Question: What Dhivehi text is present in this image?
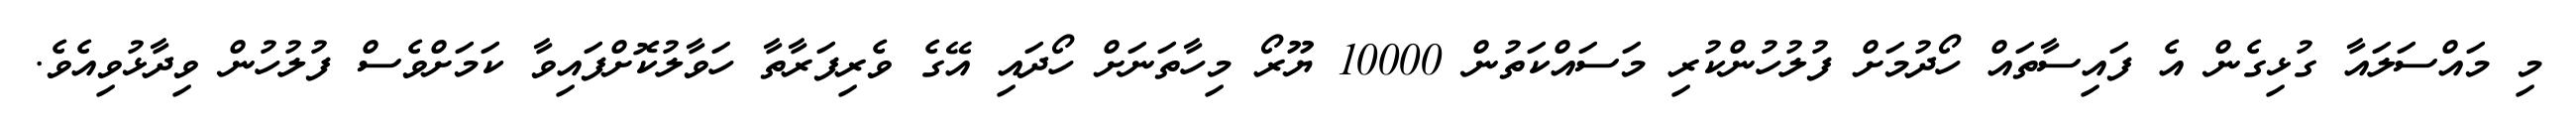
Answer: މި މައްސަލައާ ގުޅިގެން އެ ފައިސާތައް ހޯދުމަށް ފުލުހުންކުރި މަސައްކަތުން 10000 ޔޫރޯ މިހާތަނަށް ހޯދައި އޭގެ ވެރިފަރާތާ ހަވާލުކޮށްފައިވާ ކަމަށްވެސް ފުލުހުން ވިދާޅުވިއެވެ.